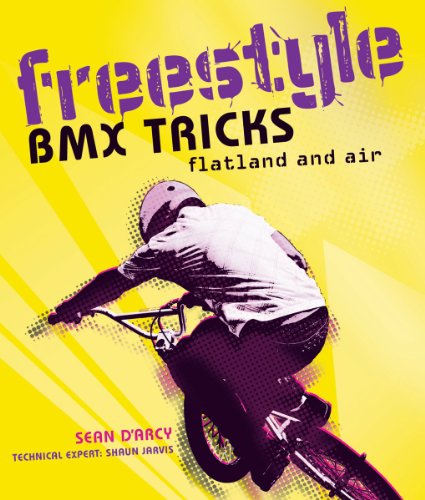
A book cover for Freestyle BMX Tricks: Flatland and Air; Sean D'Arcy; Sports & Outdoors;